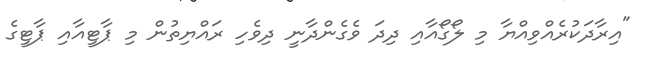
"އިރާދަކުރެއްވިއްޔާ މި ލޯގޯއާއި ދިދަ ވެގެންދާނީ ދިވެހި ރައްޔިތުން މި ޕާޓީއާއި ޕާޓީގެ